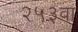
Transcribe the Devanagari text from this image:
२५३वा